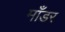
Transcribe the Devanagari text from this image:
माँडर